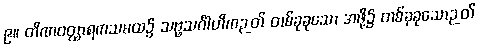
၉။ တိဏဝတ္ထာရကသမထ၌ သဗ္ဗသင်္ဂါဟိကဉတ် တစ်ခုခုသော အဖို့၌ တစ်ခုခုသောဉတ်